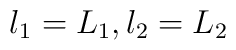
l_{1} = L_{1}  ,  l_{2} = L_{2}